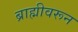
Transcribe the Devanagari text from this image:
ब्राह्मीवरून